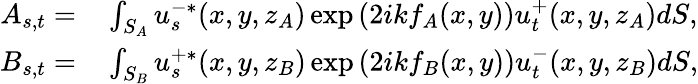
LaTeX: \begin{array}{rl}{A_{s,t}=}&{{}\int_{S_{A}}u_{s}^{-*}(x,y,z_{A})\exp\left(2ikf_{A}(x,y)\right)u_{t}^{+}(x,y,z_{A})dS,}\\ {B_{s,t}=}&{{}\int_{S_{B}}u_{s}^{+*}(x,y,z_{B})\exp\left(2ikf_{B}(x,y)\right)u_{t}^{-}(x,y,z_{B})dS,}\end{array}